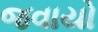
જવાયો